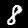
Digit: 8